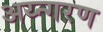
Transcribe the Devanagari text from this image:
अय्न्गरण